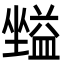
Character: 𡒪